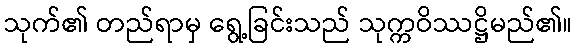
သုက်၏ တည်ရာမှ ရွေ့ခြင်းသည် သုက္ကဝိဿဋ္ဌိမည်၏။